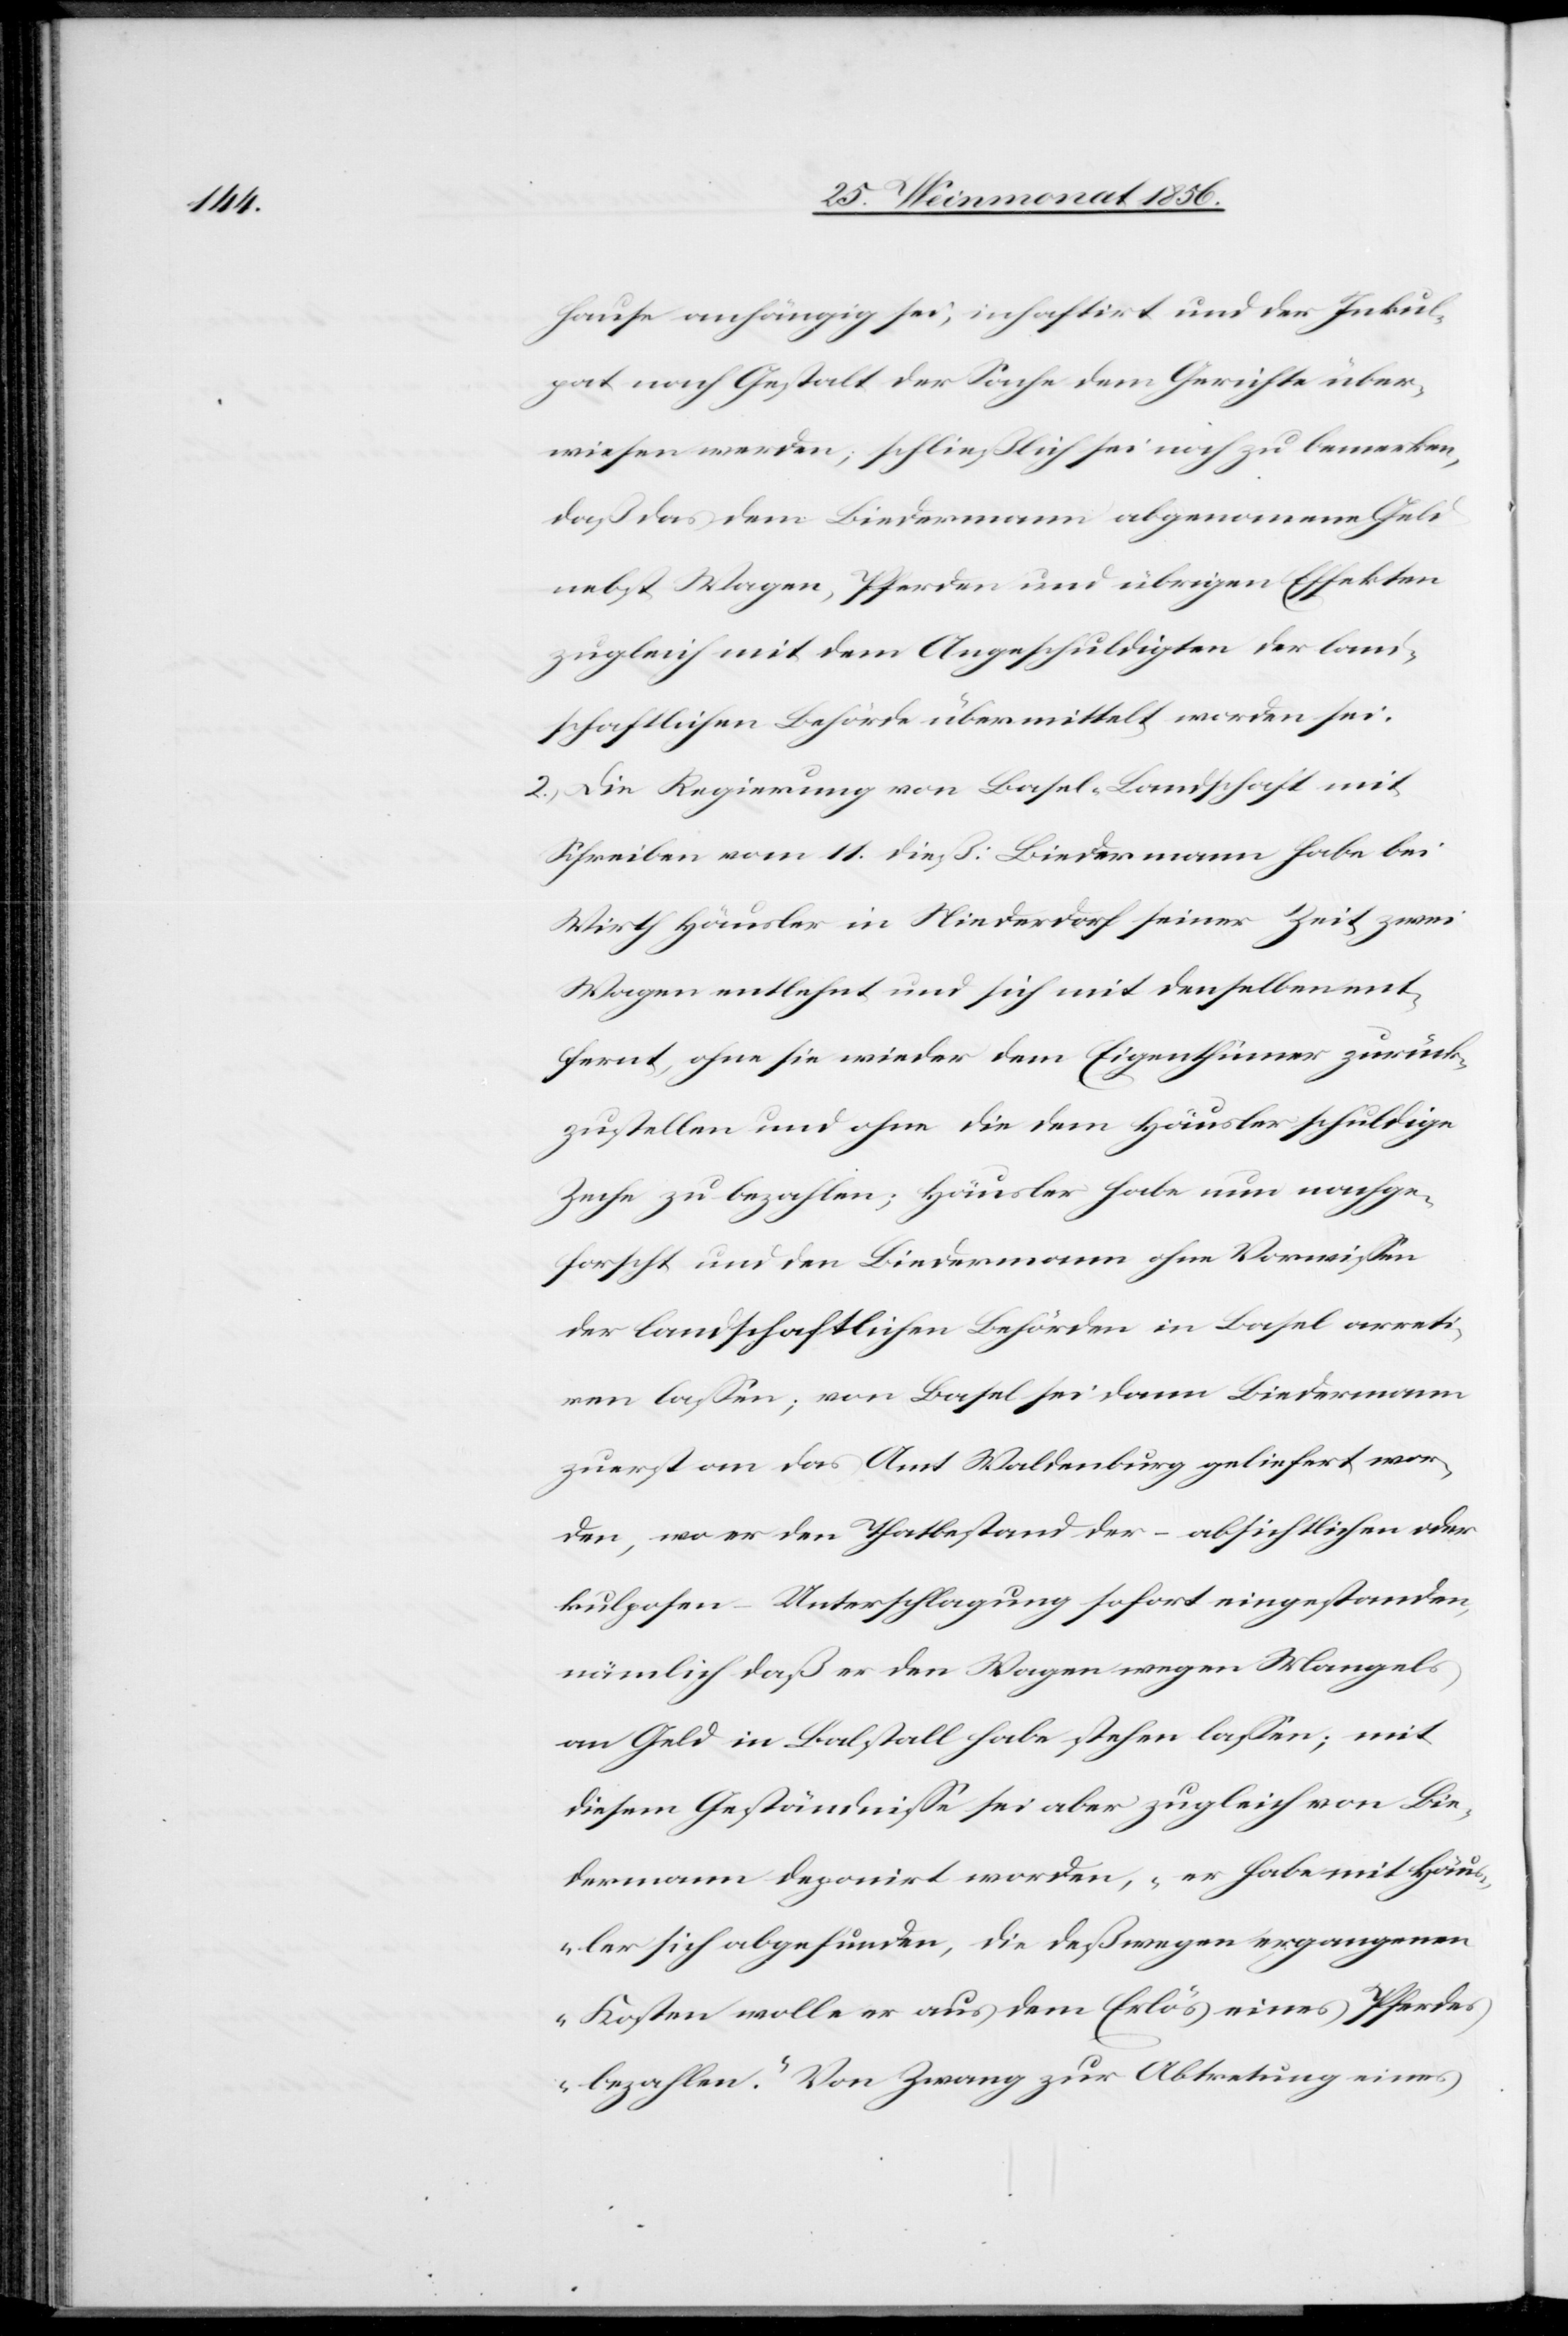
hause anhängig sei, inhaftirt und der Inkul¬
pat nach Gestalt der Sache dem Gerichte über¬
wiesen werden; schließlich sei noch zu bemerken,
daß das dem Biedermann abgenommene Geld
nebst Wagen, Pferden und übrigen Effekten
zugleich mit dem Angeschuldigten der lan¬
dschaftlichen Behörde übermittelt worden sei.
2.) Die Regierung von Basel-Landschaft mit
Schreiben vom 11. dieß: Biedermann habe bei
Wirth Häusler in Niederdorf seiner Zeit zwei
Wagen entlehnt und sich mit denselben ent¬
fernt, ohne sie wieder dem Eigenthümer zurück¬
zustellen und ohne die dem Häusler schuldige
Zeche zu bezahlen; Häusler habe nun nachge¬
forscht und den Biedermann ohne Vorwissen
der landschaftlichen Behörden in Basel arreti¬
ren lassen; von Basel sei dann Biedermann
zuerst an das Amt Waldenburg geliefert wor¬
den, wo er den Thatbestand der – absichtlichen oder
kulposen – Unterschlagung sofort eingestanden,
nämlich daß er den Wagen wegen Mangels
an Geld in Balstall habe stehen lassen; mit
diesem Geständnisse sei aber zugleich von Bie¬
dermann deponirt worden, „er habe mit Häu¬
sler sich abgefunden, die deßwegen ergangenen
Kosten wolle er aus dem Erlös eines Pferdes
bezahlen.” Von Zwang zur Abtretung eines